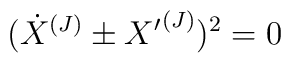
({\dot{X}}^{(J)} \pm {X'}^{(J)})^2 = 0